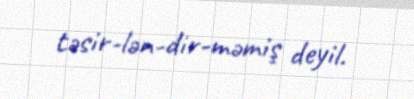
təsir­lən­dir­məmiş deyil.